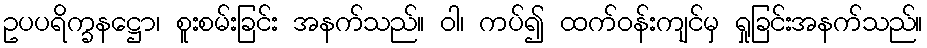
ဥပပရိက္ခနဋ္ဌော၊ စူးစမ်းခြင်း အနက်သည်။ ဝါ၊ ကပ်၍ ထက်ဝန်းကျင်မှ ရှုခြင်းအနက်သည်။